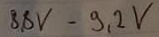
Text: 8,8V-9,2V